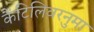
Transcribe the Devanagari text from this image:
कैंटिलिवरनुमा